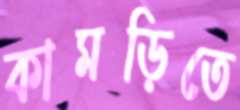
কামড়িতে